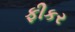
ફીકર